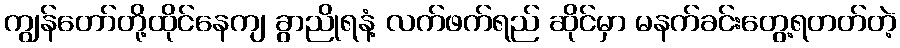
ကျွန်တော်တို့ထိုင်နေကျ ခွာညိုရနံ့ လက်ဖက်ရည် ဆိုင်မှာ မနက်ခင်းတွေ့ရတတ်တဲ့